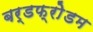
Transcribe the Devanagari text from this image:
बर्डफ्राेेडम